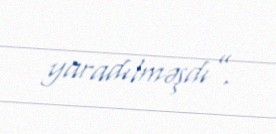
yaradılməşdı”.